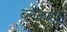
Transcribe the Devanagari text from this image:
ब्लैकबट्ट